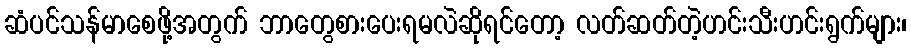
ဆံပင်သန်မာစေဖို့အတွက် ဘာတွေစားပေးရမလဲဆိုရင်တော့ လတ်ဆတ်တဲ့ဟင်းသီးဟင်းရွက်များ၊